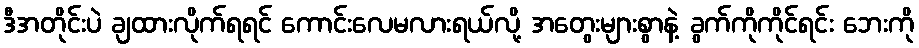
ဒီအတိုင်းပဲ ချထားလိုက်ရရင် ကောင်းလေမလားရယ်လို့ အတွေးများစွာနဲ့ ခွက်ကိုကိုင်ရင်း ဘေးကို